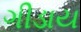
ગીડાય